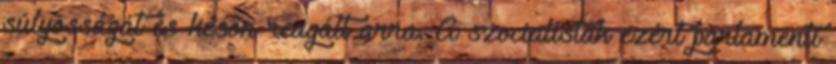
súlyosságát és későn reagált arra. A szocialisták ezért parlamenti